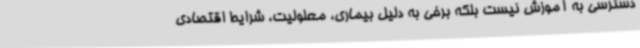
دسترسی به آموزش نیست بلکه برخی به دلیل بیماری، معلولیت، شرایط اقتصادی